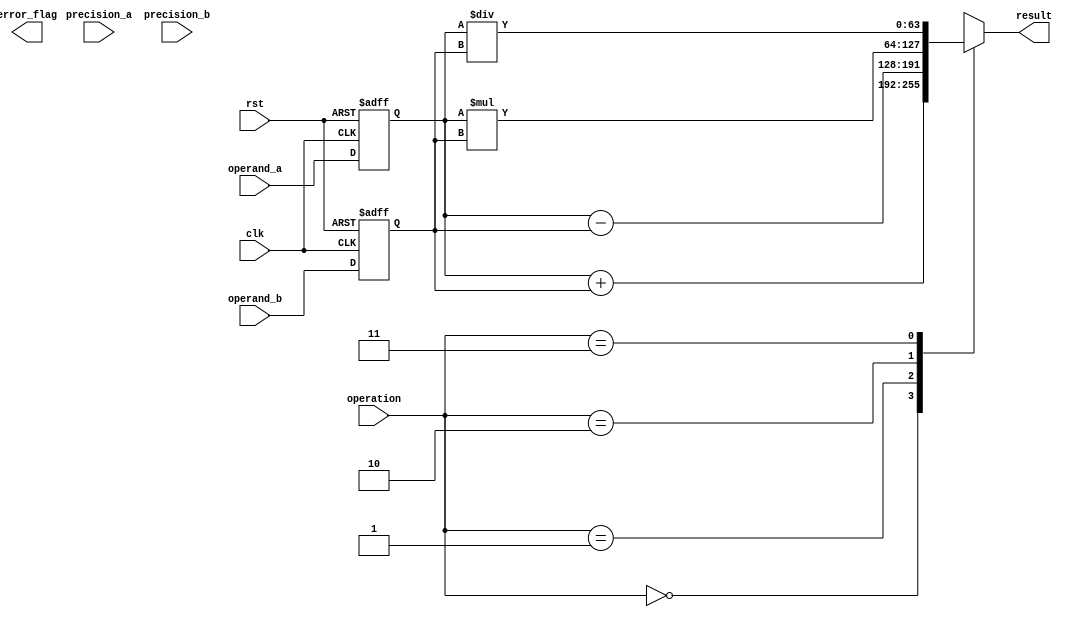
module mixed_precision_float_unit (
    input wire clk,
    input wire rst,
    input wire [63:0] operand_a,
    input wire [63:0] operand_b,
    input wire [1:0] precision_a,
    input wire [1:0] precision_b,
    input wire [1:0] operation,
    output reg [63:0] result,
    output wire error_flag
);

reg [63:0] reg_operand_a;
reg [63:0] reg_operand_b;
reg [1:0] reg_precision_a;
reg [1:0] reg_precision_b;

always @(posedge clk or posedge rst) begin
    if (rst) begin
        reg_operand_a <= 64'h0;
        reg_operand_b <= 64'h0;
        reg_precision_a <= 2'b00;
        reg_precision_b <= 2'b00;
    end else begin
        reg_operand_a <= operand_a;
        reg_operand_b <= operand_b;
        reg_precision_a <= precision_a;
        reg_precision_b <= precision_b;
    end
end

always @(*) begin
    case (operation)
        2'b00: result = reg_operand_a + reg_operand_b;
        2'b01: result = reg_operand_a - reg_operand_b;
        2'b10: result = reg_operand_a * reg_operand_b;
        2'b11: result = reg_operand_a / reg_operand_b;
    endcase
end

// Error detection and handling logic here

endmodule